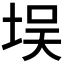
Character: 𪣘